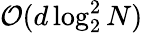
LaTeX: {\mathcal{O}}(d\log_{2}^{2}N)